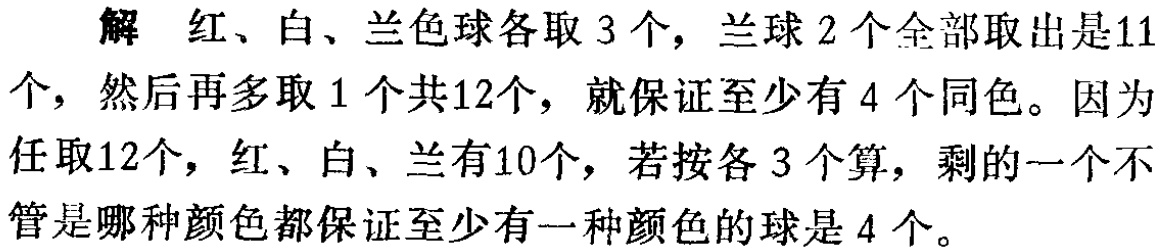
解 红、白、兰色球各取3个，兰球2个全部取出是11个，然后再多取1个共12个，就保证至少有4个同色。因为任取12个，红、白、兰有10个，若按各3个算，剩的一个不管是哪种颜色都保证至少有一种颜色的球是4个。